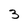
Character: 3